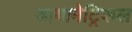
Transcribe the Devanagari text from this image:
डायामेट्रिकल